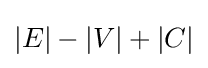
|E|-|V|+|C|